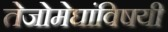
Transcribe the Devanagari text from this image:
तेजोमेघांविषयी